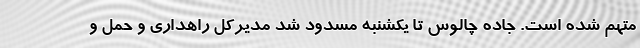
متهم شده است. جاده چالوس تا یکشنبه مسدود شد مدیرکل راهداری و حمل و